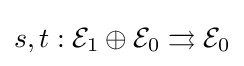
s,t:{\mathcal {E}}_{1}\oplus {\mathcal {E}}_{0}\rightrightarrows {\mathcal {E}}_{0}